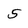
Character: 5